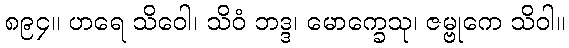
၈၉၄။ ဟရေ သိဝေါ၊ သိဝံ ဘဒ္ဒ၊ မောက္ခေသု၊ ဇမ္ဗုကေ သိဝါ။